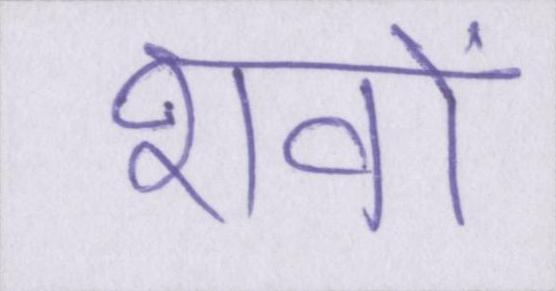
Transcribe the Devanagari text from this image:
शवों